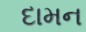
દામન